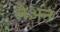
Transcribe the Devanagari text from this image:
लेअन